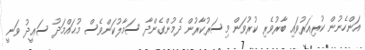
އަންހެނުން ކުރިއަރުވައި ބާރުވެރި ކުރުވަން މިސަރުކާރުން ދެމުންގެންދާ ސަމާލުކަންވެސް މުޙައްމަދު ސަޢީދު ވަނީ